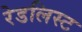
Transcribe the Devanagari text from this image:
रेडलिस्ट